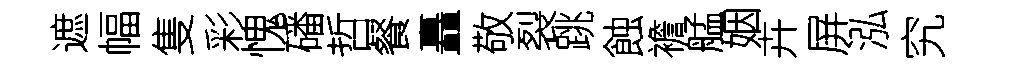
遮幅隻彩愧磻哲餐矗敬裂跳蝕襜艋姻卉屏泓究